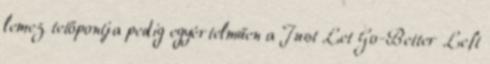
lemez tetőpontja pedig egyértelműen a Just Let Go-Better Left